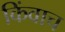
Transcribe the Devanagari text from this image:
किंवाच